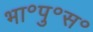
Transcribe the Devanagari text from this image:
भा॰पु॰स॰